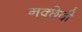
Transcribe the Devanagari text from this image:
नक्छेदी